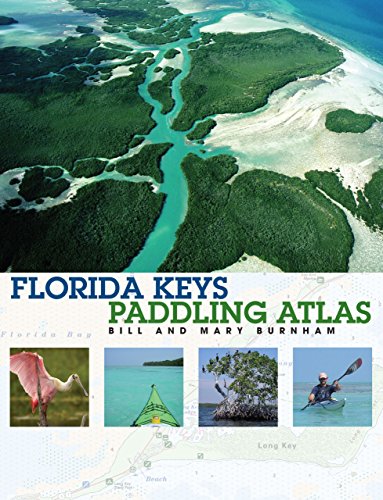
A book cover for Florida Keys Paddling Atlas (Paddling Series); Bill Burnham; Sports & Outdoors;